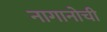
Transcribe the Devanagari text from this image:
नागानोची